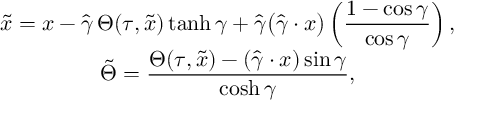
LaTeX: \begin{array} { c } { { \widetilde { x } = x - \displaystyle \hat { \gamma } \, { \Theta } ( \tau , \widetilde { x } ) \operatorname { t a n h } \gamma + \displaystyle \hat { \gamma } \big ( \displaystyle \hat { \gamma } \cdot x \big ) \left( \displaystyle \frac { 1 - \cos \gamma } { \cos \gamma } \right) , \hfill } } \\ { { \tilde { \Theta } = \displaystyle \frac { \Theta ( \tau , \widetilde { x } ) - ( \hat { \gamma } \cdot x ) \sin \gamma } { \cosh \gamma } , \hfill } } \end{array}